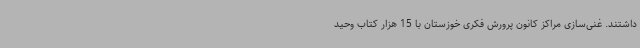
داشتند. غنی‌سازی مراکز کانون پرورش فکری خوزستان با 15 هزار کتاب وحید